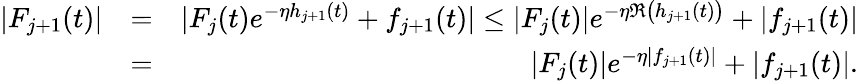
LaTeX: \begin{array}{rlr}{|F_{j+1}(t)|}&{=}&{|F_{j}(t)e^{-\eta h_{j+1}(t)}+f_{j+1}(t)|\leq|F_{j}(t)|e^{-\eta\Re\bigl(h_{j+1}(t)\bigr)}+|f_{j+1}(t)|}\\ &{=}&{|F_{j}(t)|e^{-\eta|f_{j+1}(t)|}+|f_{j+1}(t)|.}\end{array}